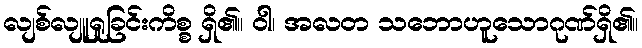
လျစ်လျူရှုခြင်းကိစ္စ ရှိ၏။ ဝါ၊ အလတ သဘောဟူသောဂုဏ်ရှိ၏။